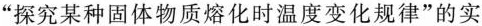
”探究某种固体物质熔化时温度变化规律”的实